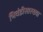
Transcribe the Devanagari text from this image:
भिवंडीसारख्या